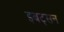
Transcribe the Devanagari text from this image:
इबट्सन